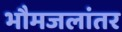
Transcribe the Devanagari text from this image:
भौमजलांतर